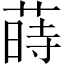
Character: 蒔